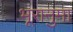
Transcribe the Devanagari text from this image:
भूरानुमा